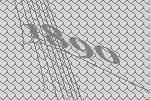
1890